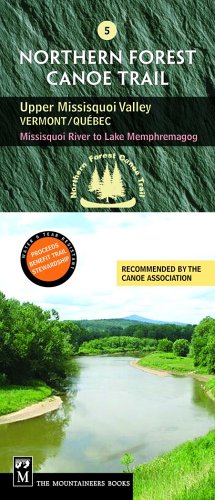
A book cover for Northern Forest Canoe Trail Section 5: Upper Missisquoi Valley: Vermont/quebec, Missisquoi River to Lake Memphremagog (Northern Forest Canoe Trail Maps); Travel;